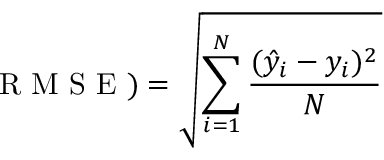
\mathrm { ~ R ~ M ~ S ~ E ~ } ) = \sqrt { \sum _ { i = 1 } ^ { N } \frac { ( \hat { y } _ { i } - y _ { i } ) ^ { 2 } } { N } }